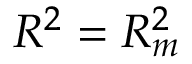
R ^ { 2 } = R _ { m } ^ { 2 }